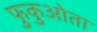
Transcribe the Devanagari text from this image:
फुकुओता